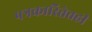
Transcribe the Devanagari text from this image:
पत्रकारितेतही